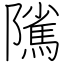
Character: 隲